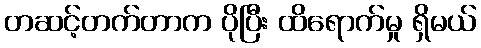
တဆင့်တက်တာက ပိုပြီး ထိရောက်မှု ရှိမယ်